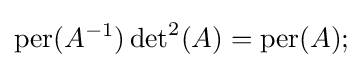
\operatorname {per} (A^{-1})\operatorname {det} ^{2}(A)=\operatorname {per} (A);